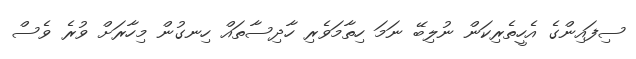
ސިފައިންގެ އެހީތެރިކަން ނުލިބޭ ނަމަ ހިތާމަވެރި ހާދިސާތައް ހިނގުން މިހާރަށް ވުރެ ވެސް